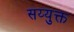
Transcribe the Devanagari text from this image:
सय्युक्त